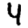
Digit: 4